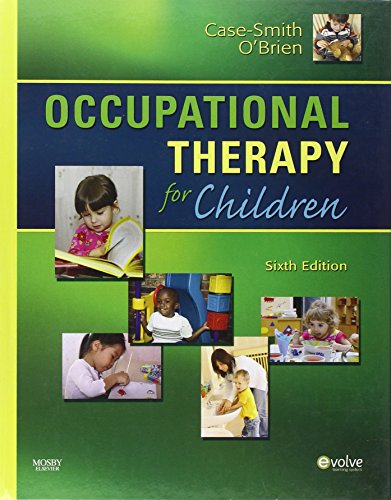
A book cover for Occupational Therapy for Children, 6e (Case Review); Jane Case-Smith EdD  OTR/L  FAOTA; Medical Books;